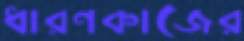
ধারণকাজের